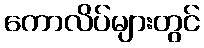
ကောလိပ်များတွင်